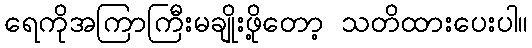
ရေကိုအကြာကြီးမချိုးဖို့တော့ သတိထားပေးပါ။